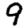
Digit: 9